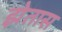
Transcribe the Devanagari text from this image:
झेतास